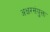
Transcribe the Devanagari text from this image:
अक्षरसंयुक्त